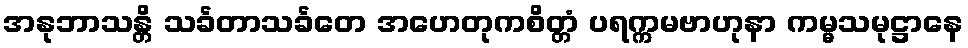
အနုဘာသန္တိ သင်္ခတာသင်္ခတေ အဟေတုကစိတ္တံ ပရက္ကမဗာဟုနာ ကမ္မသမုဋ္ဌာနေ